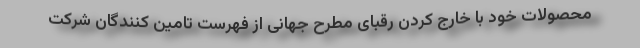
محصولات خود با خارج کردن رقبای مطرح جهانی از فهرست تامین کنندگان شرکت